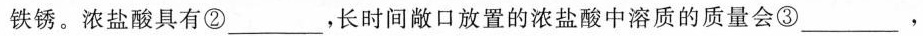
铁锈。浓盐酸具有②___，长时间敞口放置的浓盐酸中溶质的质量会③___,